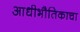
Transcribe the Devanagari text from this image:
आधीभौतिकाचा